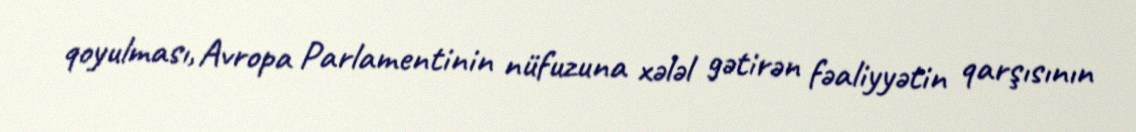
qoyulması, Avropa Parlamentinin nüfuzuna xələl gətirən fəaliyyətin qarşısının